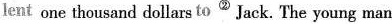
lent one thousand dollars to^{②} Jack. The young man